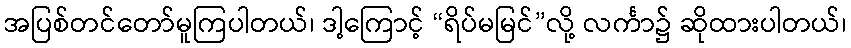
အပြစ်တင်တော်မူကြပါတယ်၊ ဒါ့ကြောင့် “ရိပ်မမြင်”လို့ လင်္ကာ၌ ဆိုထားပါတယ်၊